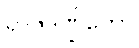
ရာဇဒဏ္ဍိတော